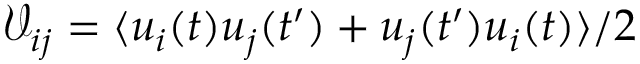
\mathcal { V } _ { i j } = \langle u _ { i } ( t ) u _ { j } ( t ^ { \prime } ) + u _ { j } ( t ^ { \prime } ) u _ { i } ( t ) \rangle / 2